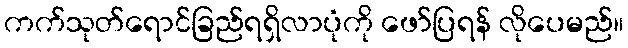
ကက်သုတ်ရောင်ခြည်ရရှိလာပုံကို ဖော်ပြရန် လိုပေမည်။